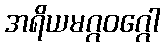
အရိယမဂ္ဂဝဂ္ဂေါ